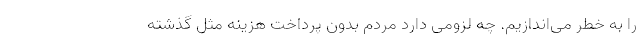
را به خطر می‌اندازیم. چه لزومی دارد مردم بدون پرداخت هزینه مثل گذشته